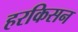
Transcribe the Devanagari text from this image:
हरकिसन